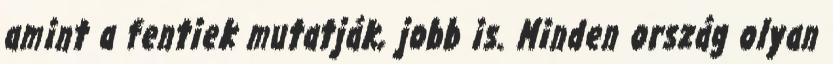
amint a fentiek mutatják, jobb is. Minden ország olyan